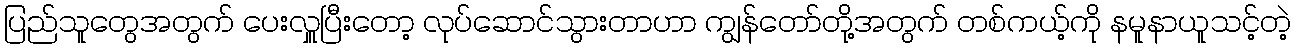
ပြည်သူတွေအတွက် ပေးလှူပြီးတော့ လုပ်ဆောင်သွားတာဟာ ကျွန်တော်တို့အတွက် တစ်ကယ့်ကို နမူနာယူသင့်တဲ့